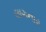
લાગનાર